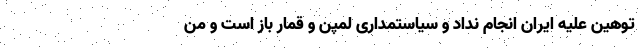
توهین علیه ایران انجام نداد و سیاستمداری لمپن و قمار باز است و من